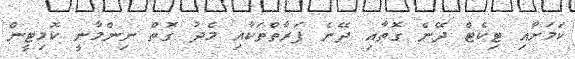
ކަމަށާއި ޓިކެޓް ދޭނެ ގޮތާއި ދޭނެ ފަރާތްތަކާއި މެދު ގޮތް ނިންމާނީ ކޮމިޓީން